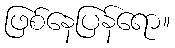
ဖြစ်နေပြန်ရော။